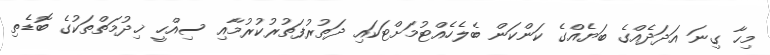
މިހާ ގިނަ އަދަދެއްގެ ބަޔެއްގެ ކަންކަން ބެލެހެއްޓުމަށްޓަކައި ދަތުރުފަތުރުކުރުމާއި ސިއްހީ ޚިދުމަތްތަކުގެ ބޮޑެތި